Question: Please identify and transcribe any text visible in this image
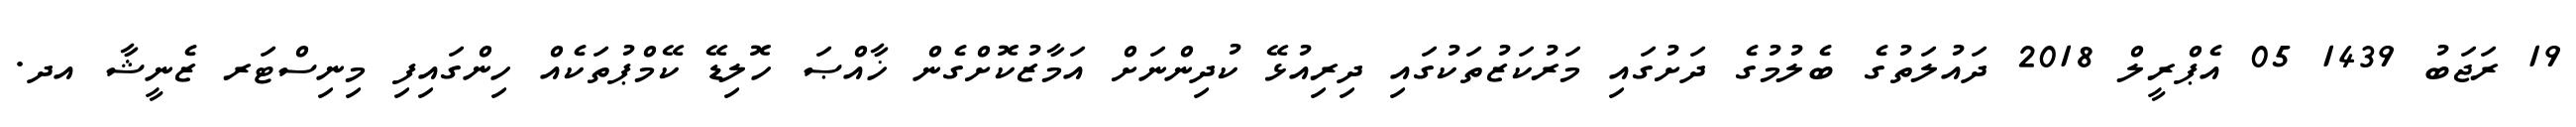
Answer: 19 ރަޖަބު 1439 05 އެޕްރީލް 2018 ދައުލަތުގެ ބެލުމުގެ ދަށުގައި މަރުކަޒުތަކުގައި ދިރިއުޅޭ ކުދިންނަށް އަމާޒުކޮށްގެން ޚާއްޞަ ހޮލިޑޭ ކޭމްޕުތަކެއް ހިންގައިފި މިނިސްޓަރ ޒެނީޝާ އދ.